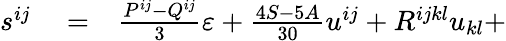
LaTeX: \begin{array}{rlr}{s^{ij}}&{{}=}&{\frac{P^{ij}-Q^{ij}}3\varepsilon+\frac{4S-5A}{30}u^{ij}+R^{ijkl}u_{kl}+}\end{array}